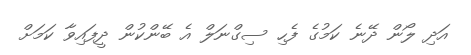
އަދި ލޯން ދޭނެ ކަމުގެ ފެހި ސިގްނަލް އެ ބޭންކުން ދީފައިވާ ކަމަށް